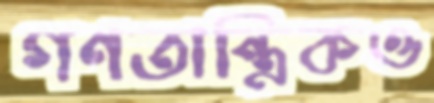
গণতান্ত্রিকও